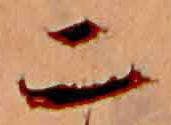
二